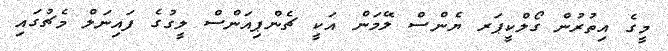
މީގެ އިތުރުން ގޯލްކީޕަރ ޔެންސް ލޭމަން އަކީ ޗެންޕިއަންސް ލީގުގެ ފައިނަލް މެޗުގައި